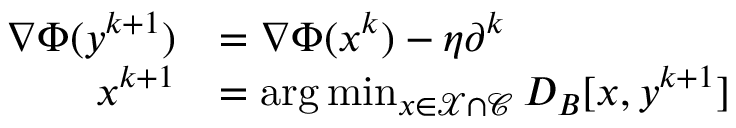
\begin{array} { r l } { \nabla \Phi ( \boldsymbol { y } ^ { k + 1 } ) } & { = \nabla \Phi ( \boldsymbol { x } ^ { k } ) - \eta \partial ^ { k } } \\ { \boldsymbol { x } ^ { k + 1 } } & { = \arg \operatorname* { m i n } _ { \boldsymbol { x } \in { \mathcal { X } \cap \mathcal { C } } } D _ { B } [ \boldsymbol { x } , \boldsymbol { y } ^ { k + 1 } ] } \end{array}